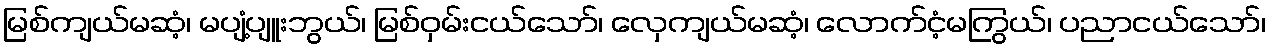
မြစ်ကျယ်မဆံ့၊ မပျံ့ပျူးဘွယ်၊ မြစ်ဝှမ်းငယ်သော်၊ လှေကျယ်မဆံ့၊ လောက်ငံ့မကြွယ်၊ ပညာငယ်သော်၊